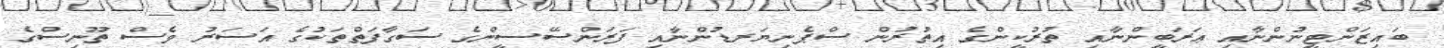
ބައިޒަންޓީނުންނާއި ޢަރަބީންނާއި ތުރުކީންގެ އިތުރުން ސްޕެނިޔަރޑުންނާއި ފަރަންސޭސީންގެ ސަގާފަތްތަކުގެ އަސަރު ވެސް ތޫނިސްގެ